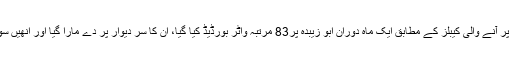
سی آئی اے کی منظرِ عام پر آنے والی کیبلز کے مطابق ایک ماہ دوران ابو زیبدہ پر83 مرتبہ واٹر بورڈیڈ کیا گیا، اُن کا سر دیوار پر دے مارا گیا اور انھیں سونے بھی نہیں دیا جاتا تھا۔